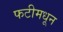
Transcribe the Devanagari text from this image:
फटीमधून